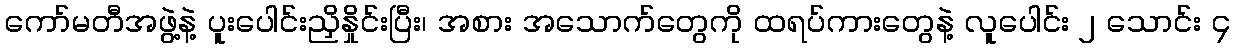
ကော်မတီအဖွဲ့နဲ့ ပူးပေါင်းညှိနှိုင်းပြီး၊ အစား အသောက်တွေကို ထရပ်ကားတွေနဲ့ လူပေါင်း ၂ သောင်း ၄